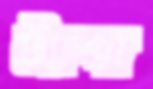
ট্যাপা